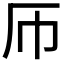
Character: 𫨂